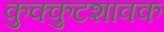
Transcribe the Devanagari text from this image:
कुक्कुटशावक